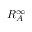
R _ { A } ^ { \infty }